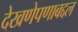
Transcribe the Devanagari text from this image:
देखणेपणाबद्दल